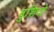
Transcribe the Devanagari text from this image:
बुशिदो